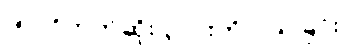
(၅) ဝိဘက်ဆိုး ၃-ပါးကို ပယ်ခြင်း။